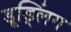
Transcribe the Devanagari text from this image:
डूड्लिंग